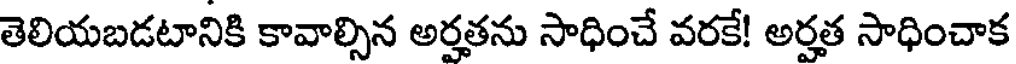
తెలియబడటానికి కావాల్సిన అర్హతను సాధించే వరకే! అర్హత సాధించాక